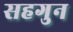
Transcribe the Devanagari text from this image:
सहगुन